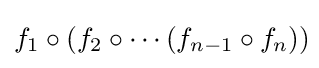
f_{1}\circ (f_{2}\circ \cdots (f_{n-1}\circ f_{n}))\!